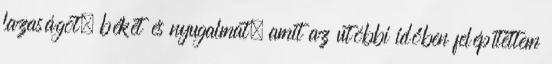
lazaságot, békét és nyugalmat, amit az utóbbi időben felépítettem